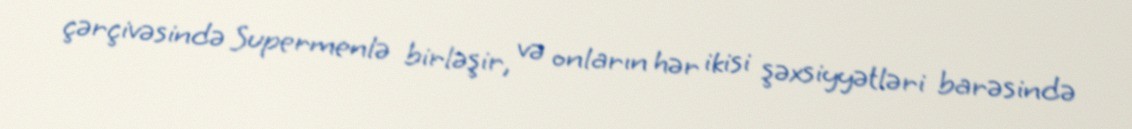
çərçivəsində Supermenlə birləşir, və onların hər ikisi şəxsiyyətləri barəsində